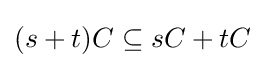
(s+t)C\subseteq sC+tC